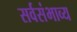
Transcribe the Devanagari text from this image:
सर्वसंभाव्य